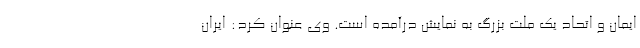
ایمان و اتحاد یک ملت بزرگ به نمایش درآمده است. وی عنوان کرد: ایران